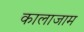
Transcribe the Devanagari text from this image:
कालाजाम